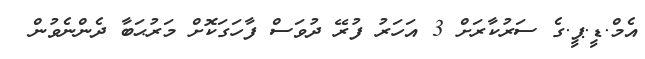
އެމް.ޑީ.ޕީ.ގެ ސަރުކާރަށް 3 އަހަރު ފުރޭ ދުވަސް ފާހަގަކޮށް މަރުޙަބާ ދެންނެވުން